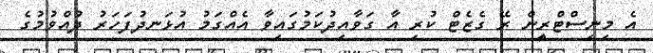
އެ މިނިސްޓްރީިން ރޭ ގެޒެޓް ކުރި އާ ގަވާއިދުކަމުގައިވާ އެއްގަމު އުޅަނދުފަހަރު ދުއްވުމުގެ